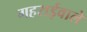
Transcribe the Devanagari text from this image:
गहराईवाले